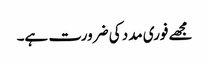
مجھے فوری مدد کی ضرورت ہے۔